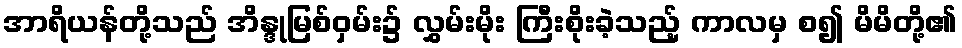
အာရိယန်တို့သည် အိန္ဒုမြစ်ဝှမ်း၌ လွှမ်းမိုး ကြီးစိုးခဲ့သည့် ကာလမှ စ၍ မိမိတို့၏